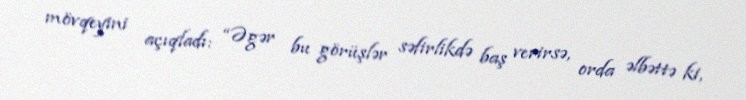
mövqeyini açıqladı: “Əgər bu görüşlər səfirlikdə baş verirsə, orda əlbəttə ki,